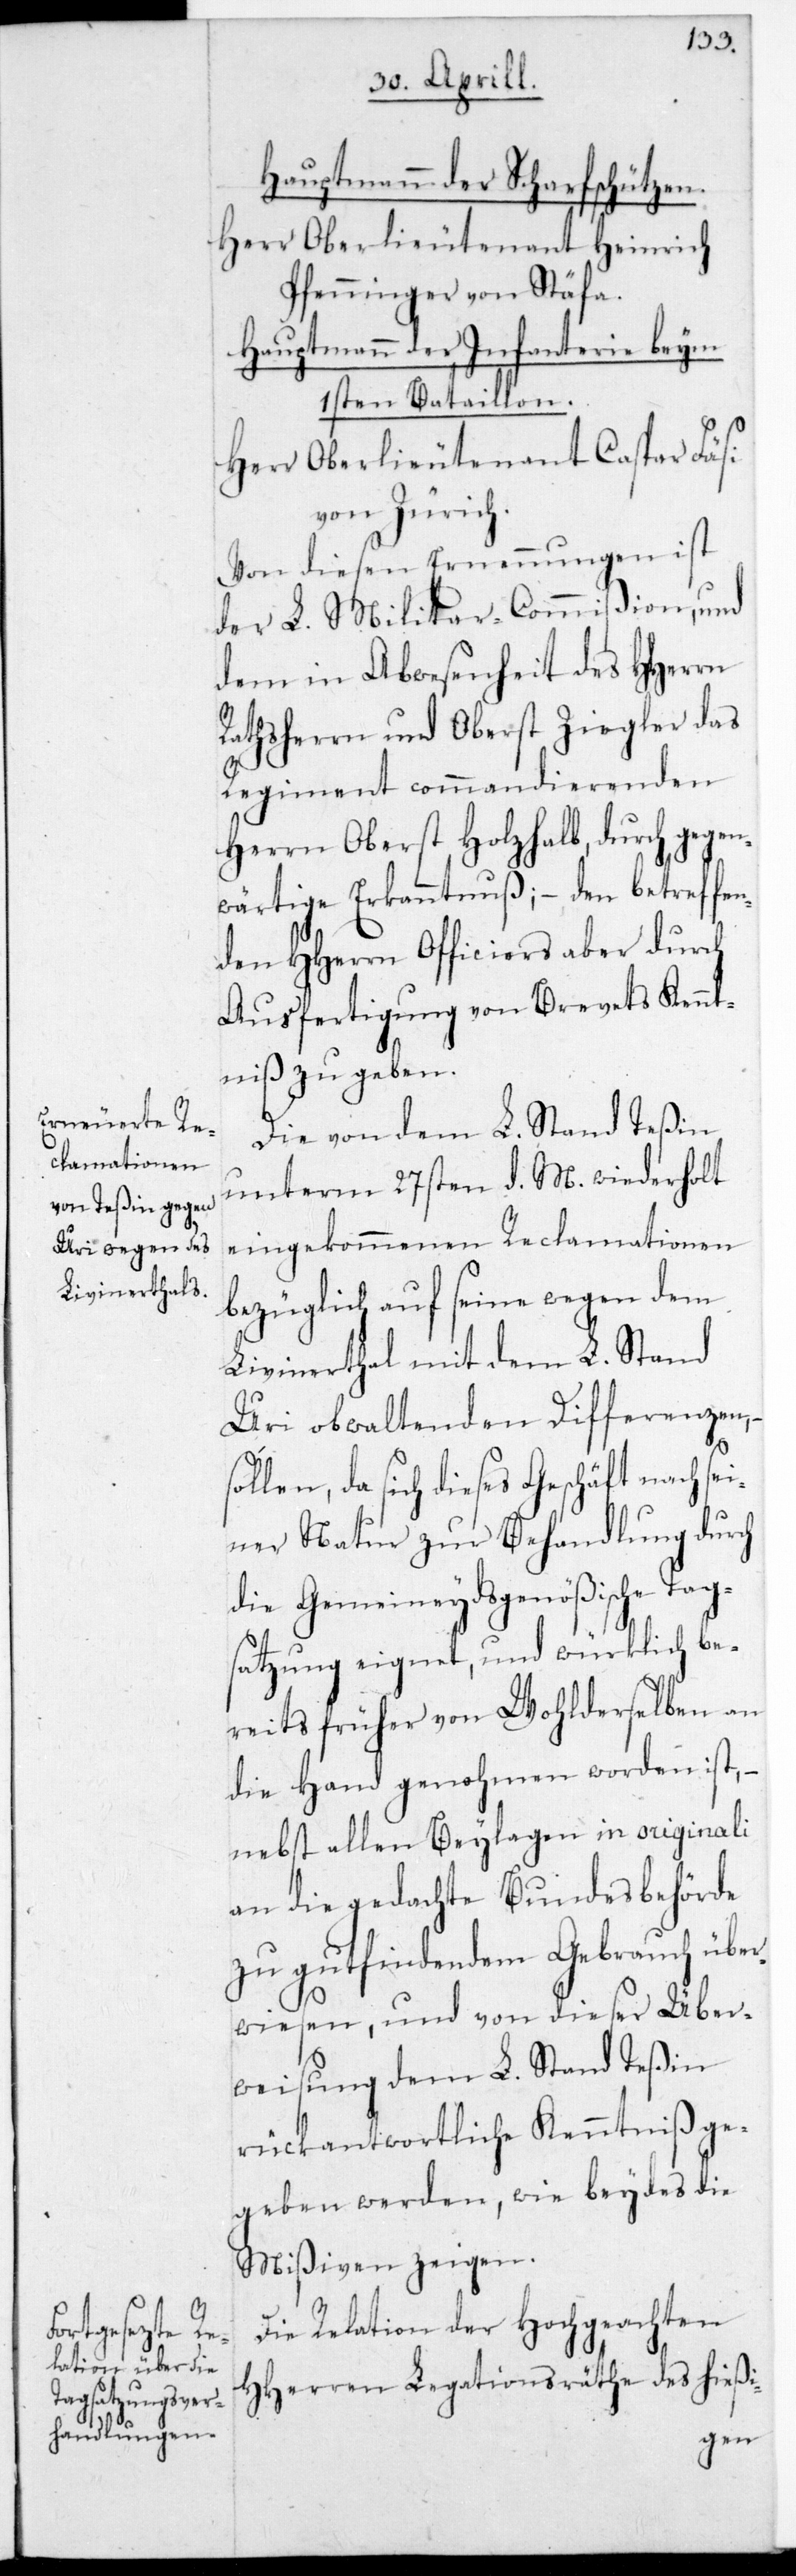
Hauptmann der Scharfschützen.
Herr Oberlieutenant Heinrich
Pfenninger von Stäfa.
Hauptmann der Infanterie beym
ersten Bataillon.
Herr Oberlieutenant Caspar Fäsi
von Zürich.
Von diesen Ernennungen ist
der L. Militar-Commißion und
dem in Abwesenheit des HHerrn
Rathsherrn und Oberst Ziegler das
Regiment commandierenden
Herrn Oberst Holzhalb durch gegen¬
wärtige Erkanntnuß, – den betreffen¬
den HHerrn Officiers aber durch
Ausfertigung von Brevets Kennt¬
niß zu geben.
Die von dem L. Stand Teßin
unterm 27sten d. M. wiederholt
eingekommenen Reclamationen
bezüglich auf seine wegen dem
Livinerthal mit dem L. Stand
Uri obwaltenden Differenzen,
sollen, da sich dieses Geschäft nach se¬
iner Natur zur Behandlung durch
die gemeineydsgenößische Tag¬
satzung eignet, und würklich be¬
reits früher von Wohlderselben an
die Hand genohmen worden ist, –
nebst allen Beylagen in originali
an die gedachte Bundesbehörde
zu gut findendem Gebrauch über¬
wiesen, und von dieser Über¬
weisung dem L. Stand Teßin
rückantwortliche Kenntniß ge¬
geben werden, wie beydes die
Mißiven zeigen.
Die Relation der hochgeachten
HHerren Legationsräthe des hießi-